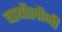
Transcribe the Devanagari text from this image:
बायौलौजी